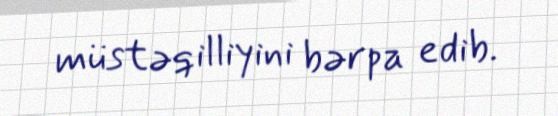
müstəqilliyini bərpa edib.